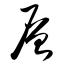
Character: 层